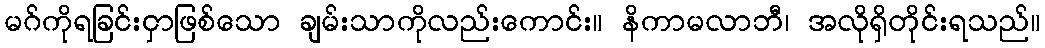
မဂ်ကိုရခြင်းငှာဖြစ်သော ချမ်းသာကိုလည်းကောင်း။ နိကာမလာဘီ၊ အလိုရှိတိုင်းရသည်။